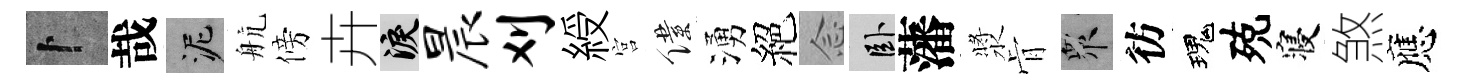
卜哉泥航傍卉泪晨刈綬宫僕湧絕𫝹卧藩漿肻衆彷瑰殑寝煞應